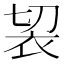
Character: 袃